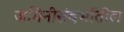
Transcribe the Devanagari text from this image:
जमिनीसंदर्भातील